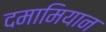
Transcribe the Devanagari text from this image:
दमामियान